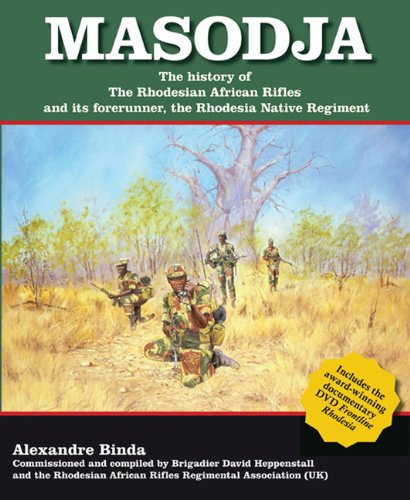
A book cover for MASODJA: The History of the Rhodesian African Rifles and its Forerunner, The Rhodesia Native Regiment; Alexander Binda; History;